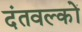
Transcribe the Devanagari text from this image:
दंतवल्कों